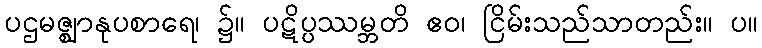
ပဌမဇ္ဈာနုပစာရေ၊ ၌။ ပဋိပ္ပဿမ္ဘတိ ဧဝ၊ ငြိမ်းသည်သာတည်း။ ပ။